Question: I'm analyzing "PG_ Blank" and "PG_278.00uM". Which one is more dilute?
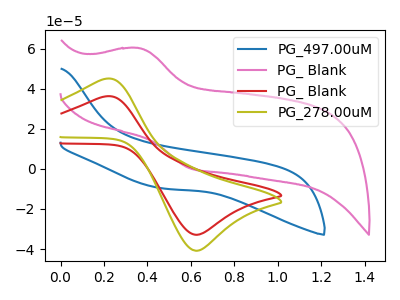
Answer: <think>The blue curve "PG_497.00uM" has no peaks. The pink curve "PG_ Blank" has an anodic peak at (0.35V, 60.45uA) and a cathodic peak at (0.60V, 0.30uA). The red curve "PG_ Blank" has an anodic peak at (0.20V, 36.25uA) and a cathodic peak at (0.60V, -32.90uA). The olive curve "PG_278.00uM" has an anodic peak at (0.20V, 45.05uA) and a cathodic peak at (0.60V, -40.85uA).
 All the peaks in "PG_ Blank" have a peak in "PG_278.00uM" at the same potential. Every peak in "PG_ Blank" is lower than every peak in "PG_278.00uM".</think>
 <answer>"PG_ Blank" has less signal than "PG_278.00uM" and so likely has a lower concentration.</answer>
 <eval>less_concentration</eval>